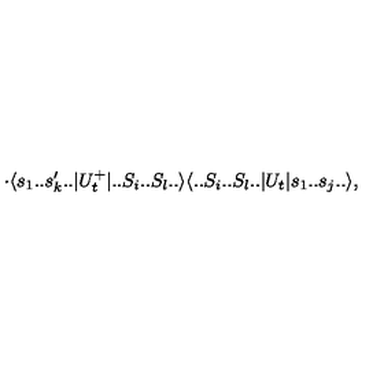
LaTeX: \cdot \langle s _ { 1 } . . s _ { k } ^ { \prime } . . | U _ { t } ^ { + } | . . S _ { i } . . S _ { l } . . \rangle \langle . . S _ { i } . . S _ { l } . . | U _ { t } | s _ { 1 } . . s _ { j } . . \rangle ,